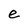
Character: e